Annual statistical returns and brief notes on vaccination in Bengal - 1909-1929
Year: 1909
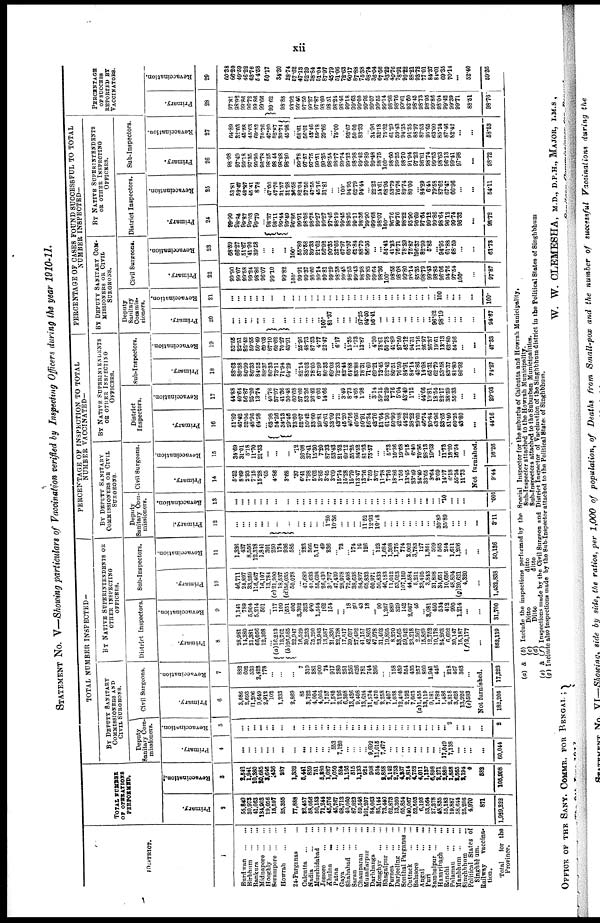
xii
STATEMENT No. V—Showing particulars of Vaccination verified by Inspecting Officers during the year 1910-11.
DISTRICT.
1
Burdwan...
...
Birbhum...
...
Bankura...
...
Midnapore
Hooghly...
...
Serampore...
...
Howrah...
...
24-Parganas... ...
Calcutta
...
...
Nadia ... ...
Murshidabad ...
Jessore
...
...
Khulna
...
...
Patna
...
...
Gaya
...
...
Shahabad
...
...
Saran
...
...
Champaran ...
Muzaffarpur
...
Darbhanga ...
Monghyr ... ...
Bhagalpur
...
...
Purnea
...
...
Darjeeling
...
...
Sonthal Parganas...
Cuttack
...
...
Balasore
...
...
Angul
...
...
Puri
...
...
Sambalpur
...
...
Hazaribagh ...
Ranchi
...
...
Palamau ... ...
Manbhum
...
...
Singhbhum ...
Political States of
Singhbhum.
Railway
vaccina-
tion.
Total
for the
Province.
TOTAL NUMBER
OF OPERATIONS
PERFORMED.
Primary.
2
65,849
30,973
41,063
134,903
19,056 15,597 25,355
77,888
22,457
58,050
50,158
71,244
46,576
45,767
68,713
40,060
87,823
69,548
101,207
84,063
85,144
73,440
62,873
13,360
65,854
140,067
52,503
6,193
53,564
27,278
48,835
55,183
19,887
58,644
25,206
4,970
871
1,989,222
Revaccination.
3
2,543
1,941
10,380
80,685
3,646
436
887
1,332
8,441
859
751
6,280
1,027
1,050
524
1,166
515
1,133
984
908
524
2,858
2,142
2,753
4,837
2,814
4,753
4,011
1,137
6,898
2,271
2,880
1,858
1,565
2,194
4
582
105,908
TOTAL NUMBER INSPECTED—
BY DEPUTY SANITARY
COMMISSIONERS AND
CIVIL SURGEONS.
Deputy
Sanitary Com-
missioners.
Primary.
4
...
...
...
...
...
...
...
...
... ...
... ...
... 553
7,120
...
...
... ...
9,692
11,015
7,477
...
...
...
...
...
...
...
...
...
17,049
7,138
...
...
...
...
60,044
Revaccination.
5
...
...
...
...
...
...
...
...
...
...
...
...
...
...
...
....
...
...
...
...
...
...
...
...
...
...
...
...
...
...
...
... 2
...
...
...
...
2
Civil Surgeons.
Primary.
6
3,086
2,693
1,206
9,649
2,912
103
1,233
2,869
85
3,722
4,004
4,005
1,757
1,580
2,126
6,308
13,426
9,408
13,634
11,574
6,470
2,258
7,407
1,038
12,420
2,192
7,063
(a)1,455
13,119
9,181
1,782
1,486
2,818
3,628
13,926
(e)583
Revaccination.
7
882
602
538
2,422
778
...
...
...
7
310
281
900
74
917
280
251
356
626
781
744
396
...
... 158
439
554
435
257
800
1,941
446
... 218
467
363
...
Not furnished.
182,205 17,223
BY NATIVE SUPERINTENDENTS OR
OTHER INSPECTING
OFFICERS.
District Inspectors
Primary.
8
28,981
14,380
21,381
66,056
12,308
... (a)16,213
13,761
(b)26,585
22,947
16,529
30,233
25,290
23,943
13,587
21,336
22,738
17,517
39,697
27,492 41,157
42,803
47,978
31,403
19,895
8,270
33,565
59,942
23,218
2,367
15,859
12,752
10,178
24,263
6,692
30,147
15,187
(f)177
...
852,119
Revaccination.
9
1,141
789
5,904
5,214
501
...
117
109
551
406
3,302
323
400
1,564
162
154
...
... 18
99
43
18
... 90
1,267
889
329
142
2,067
45
...
8,081
450
534
418
990
1,214
...
...
31,700
Sub-Inspectors.
Primary.
10
46,711
24,897
33,259
116,467
16,107
13,784
(c) 21,900
18,537
(d)56,035
50,078
... 47,689
41,638
55,608
26,430
36,767
47,439
28,978
72,408
38,638 84,897
65,832
60,971
50,833
46,183
11,012
53,023
107,159
44,584
5,211
23,495
3,843
31,898
34,651
10,656
48,894
(g)20,621
4,320
...
1,432,838
Revaccination.
11
1,336
437
8,556
12,318
1,891
301
250
174
936
585
... 223
366
5,147
49
236
... 72
174
... 16
126
... 123
1,684
1,398
1,775
774
2,002
3,783
127
1,861
599
565
244
1,611
1,206
...
...
50,136
PERCENTAGE OF INSPECTION TO TOTAL
NUMBER VACCINATED—
BY DEPUTY SANITARY
COMMISSIONERS OF CIVIL
SURGEONS.
Deputy
Sanitary Com-
missioners.
Primary.
12
...
...
...
...
...
...
...
...
...
...
... ...
... 1.20
10.36
...
...
...
...
11.52
12.93
10.18
...
...
...
...
...
...
...
...
...
30.89
35.89
...
...
...
...
3.11
Revaccination.
13
...
...
...
...
...
...
...
...
...
...
...
...
...
...
...
...
...
...
...
...
...
...
...
...
...
...
...
...
...
...
...
... .10
...
...
...
...
.001
Civil Surgeons.
Primary.
14
5.52
8.69
2.93
7.15
15.28
.65
4.86
3.68
.37
6.41
7.98
5.62
3.86
3.45
3.09
15.74
15.28
15.79
113.47
13.76
7.59
3.07
11.78
7.76
18.86
1.56
13.45
33.49
24.49
33.65
3.64
2.69
14.17
6.18
55.24
11.73
Revaccination.
15
34.69
31.01
5.18
11.70
21.33
...
...
...
.12
36.08
37.41
15.30
7.20
87.33
53.43
21.52
69.12
55.25 84.52
81.93
75.57
...
... 5.73
10.36
19.68
9.15
6.40
70.36
28.13
19.63
...
11.73
18.20
16.54
...
Not furnished.
9.44
16.26
BY NATIVE SUPERINTENDENTS
OR OTHER INSPECTING
OFFICERS.
District
Inspectors.
Primary.
16
51.89
46.42
52.06
48.96
64.58
... 63.98
54.26
34.13
29.46
73.60
52.07
50.42
33.60
29.81
46.61
33.09
43.72
45.20
46.16
40.66
50.91
56.34
42.76
31.64
61.90
50.99
42.08
44.22
38.22
29.60
46.74
20.84
43.96
83.65
51.40
60.25
43.80
...
44.16
Revaccination.
17
44.88
40.64
56.87
25.20
13.74 ... 40.76 37.97
41.36
30.48
60.68
37.60
53.26
26.42
6.03
14.66
...
... 3.49
8.73
4.65
1.98
... 3.14
69.15
82.29
7.76
5.04
43.49
1.12
... 44.66
19.81
18.54
22.17
38.59
55.33
...
...
29.93
Sub-Inspectors.
Primary.
18
83.63
80.38
80.99
86.33
84.52
88.37
86.33
73.11
71.94
64.29
...
82.14
83.02
78.05
57.99
80.33
69.03
72.33
82.44
64.88
83.88
78.31
71.60
69.21
73.45
82.42
80.51
76.50
84.91
84.14
43.86
14.08
65.31
62.79
53.58
83.37
81.80
86.92
...
74.27
Revaccination.
19
62.55
22.51
82.42
59.55
50.49
69.03
87.10
60.62
70.27
43.91
... 25.96
48.73
87.53
4.77
22.47
... 6.17
15.35
... 1.73
13.87
... 4.30
78.61
50.78
41.89
27.50
42.12
94.31
11.16
26.97
26.37
19.61
13.13
62.80
54.96
...
...
47.33
PERCENTAGE OF CASES FOUND SUCCESSFUL TO TOTAL
NUMBER INSPECTED—
BY DEPUTY SANITARY COM-
MISSIONERS OR CIVIL
SURGEONS.
Deputy
Sanitary
Commis-
sioners.
Primary.
20
...
...
...
...
...
...
...
...
...
...
...
...
...
100.
81.37
...
...
... ...
97.25
94.60
95.41
...
...
...
...
...
...
...
...
...
96.82
98.19
...
... ...
...
94.67
Revaccination.
21
...
...
...
...
...
...
...
...
...
...
...
...
...
...
...
...
...
...
...
...
...
...
...
...
...
...
...
...
...
...
...
...
100
...
...
...
...
100.
Civil Surgeons.
Primary.
22
99.90
99.07
99.58
99.24
98.86 96. 07
...
99.82
100.
99.91
99.37
98.60
99.14
99.81
99.29
98.38
99.48
98.53
99.43
98.98
99.82
99.64
98.36
100.
98.66
98.08
99.80
98.14
85.35
98.79
99.43
98.85
96.06
94.76
97.54
100.
...
97.87
Revaccination.
23
68.59
66.27
51.67
41.90
39.58
...
...
...
100.
55.80
35.58
39.33
21.62
56.92
90.35
32.66
67.97
65.97
61.84
88.70
86.36
... ...
54.43
41.23
76.71
78.39
75.87
196.37
82.99
5.82
...
94.95
61.88
68.59
...
...
61.73
BY NATIVE SUPERINTENDENTS
OR OTHER INSPECTING
OFFICERS.
District Inspectors.
Primary.
24
99.90
98.84
99.87
99.08
99.79
...
98.37 98.11
99.44
99.49
96.86
99.91
98.08
98.75
99.27
99.27
97.46
98. 19
99. 19
98.95
99.11
98.36
99.90
199.68
98.07
100.
96.76
99.76
98.22
95.90
90.69
97.64
99.12
99.86
98.64
96.12
99.74
96.32
...
98.72
Revaccination.
25
53.81
52.47
48.27
45.41
8.78
...
47.00
47.70
31.57
31.28
36.58
82.04
37.50
47.55
45.16
31.81
...
...
100.
94.95
62.79
94.44
...
22.22
54.61
68.95
53.79
76.76
89.74
80.00
... 84.29
6.44
79.58
87.62
67.47
66.96
...
...
54.11
Sub-Inspectors.
Primary.
26
98.98
97.49
99.18
97.35
99.90
96.78
98.55
98.44
98.88
98.80
...
99.78
97.57
97.75
99.51
99.35
98.54
98.77
99.74
99.32
98.98
99.42
99.89
99.48
98.75
100.
98.60
99.25
98.70
91.94
97.22
96.61
98.74
99.53
98.63
96.13
99.41
97.98
...
98.72
Revaccination.
27
64.89
32.03
45.58
45.63
69. 52
70.76 47.20 52.87 39.74 45.98 ...
68.61
56.01
43.46
59.18
29.66
...
75.00
...
93.67
50.00
83.33
... 34.96
32.18
75.32
61.29
59.43
94.35
91.35
88.97
87.53
95.65
63.00
85.24
87.46
82.42
...
...
58.53
PERCENTAGE
OF SUCCESS
REPORTED BY
VACCINATORS.
Primary.
28
97.81
98.92
99.86
96.72
99.86
99.76
99.62
99.62
98.88
... 99.46
97.50
99.27
97.87
98.60
98.51
98.24
98.46
99.18
99.63
99.00
99.95
99.07
99.55
99.14
98.98
98.76
99.61
92.60
98.45
98.73
98.95
99.86
98.04
99.42
99.39
99.71
88.51
98.76
Revaccination.
29
60.38
66.80
49.59
46.22
63.76
54.58 50.17
34.30
28.74
57.62
47.13
52.29
38.84
51.04
87.97
45.79
51.06
72.63
60.17
87.88
75.38
58.74
36.04
67.56
53.29
40.76
78.91
90.22
88.21
93.72
77.01
84.37
84.01
69.35
70.14
...
52.40
59.35
(a) & (b) Include the inspections performed by the Special Inspector for the suburbs of Calcutta and Howrah Municipality,
(c)
Ditto
ditto
Sub-Inspecter attached to the Howrah Municipality.
(d)
Ditto
ditto
Sub-Inspectors attached to the Suburban Municipalities.
(e) & (f) Inspections made by the Civil Surgeon and District Inspector of Vaccination of the Singhbhum district in the Political States of Singhbhum
(g) Include also inspections made by the Sub-Inspector attached to the Political States of Singhbhum.
OFFICE OF THE SANY. COMMR. FOR BENGAL ;
The 9th June 1911.
W. W. CLEMESHA, M.D., D.P.H., MAJOR, I.M.S.,
Sanitary Commissioner for Bengal.